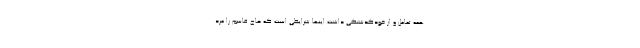
همه تعامل و از خودگذشتگی داشت اینها شرایطی است که حاج قاسم را مرد